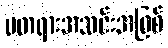
မတရားအသင်းအဖြစ်